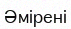
Әмірені